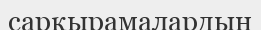
сарқырамалардың